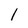
Character: 1